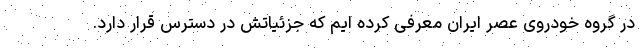
در گروه خودروی عصر ایران معرفی کرده ایم که جزئیاتش در دسترس قرار دارد.